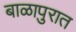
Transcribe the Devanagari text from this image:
बाळापुरात